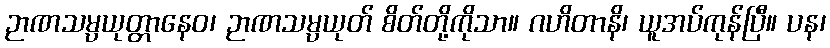
ဉာဏသမ္ပယုတ္တာနေဝ၊ ဉာဏသမ္ပယုတ် စိတ်တို့ကိုသာ။ ဂဟိတာနိ၊ ယူအပ်ကုန်ပြီ။ ပန၊